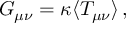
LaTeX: { \cal G } _ { \mu \nu } = \kappa \langle T _ { \mu \nu } \rangle \, ,